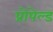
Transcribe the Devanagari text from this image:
प्रोपेल्ड